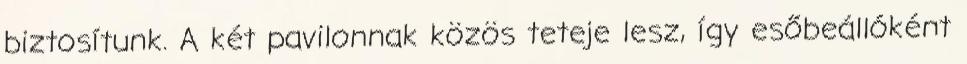
biztosítunk. A két pavilonnak közös teteje lesz, így esőbeállóként